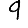
Digit: 9